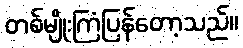
တစ်မျိုးကြံပြန်တော့သည်။